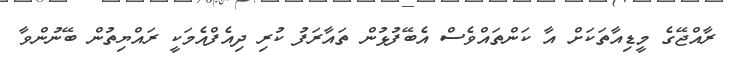
ރާއްޖޭގެ މީޑިއާތަކަށް އާ ކަންތައްވެސް އެބޭފުޅުން ތައާރަފު ކުރި ދިއެފްއެމަކީ ރައްޔިތުން ބޭނުންވާ